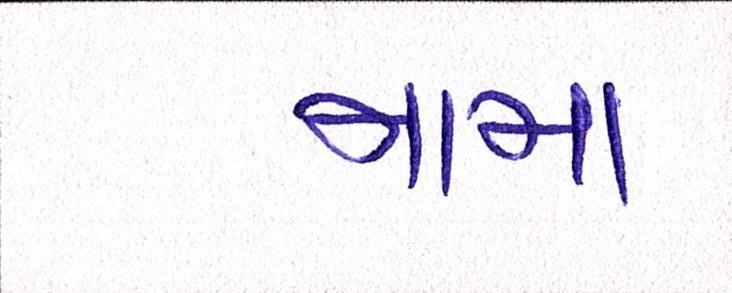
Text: મામા